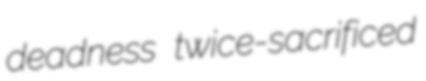
deadness twice-sacrificed